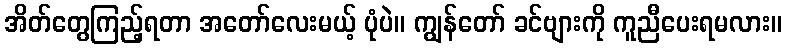
အိတ်တွေကြည့်ရတာ အတော်လေးမယ့် ပုံပဲ။ ကျွန်တော် ခင်ဗျားကို ကူညီပေးရမလား။